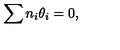
\sum n _ { i } \theta _ { i } = 0 ,